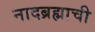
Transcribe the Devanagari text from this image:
नादब्रह्माची